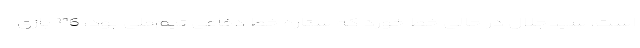
است، سیدجلال در حالی خط خورد که ستاره خط دفاعی تیم‌ملی بود، 116 بازی